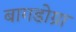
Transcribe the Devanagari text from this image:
बागडोग्रा